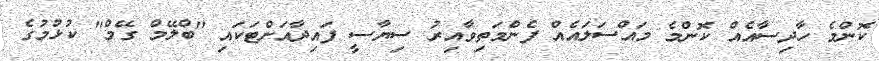
ކޮންމެ ހާދިސާއެއް ކޮންމެ މައްސަލައެއް ފެންމަތިވާއިރު ސިޔާސީ ފައިދާއަށްޓަކައި "ބްލޭމް ގޭމް" ކުޅުމުގެ